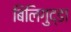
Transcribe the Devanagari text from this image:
बिलिगुद्डा